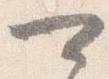
可